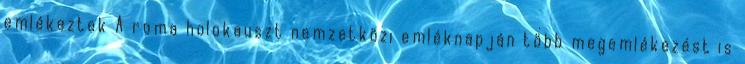
emlékeztek A roma holokauszt nemzetközi emléknapján több megemlékezést is